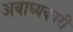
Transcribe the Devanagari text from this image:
अबाध्यकारी